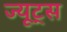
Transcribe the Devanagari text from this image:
ज्यूट्स